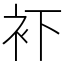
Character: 𧘔